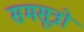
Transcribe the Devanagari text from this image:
समसूत्रों